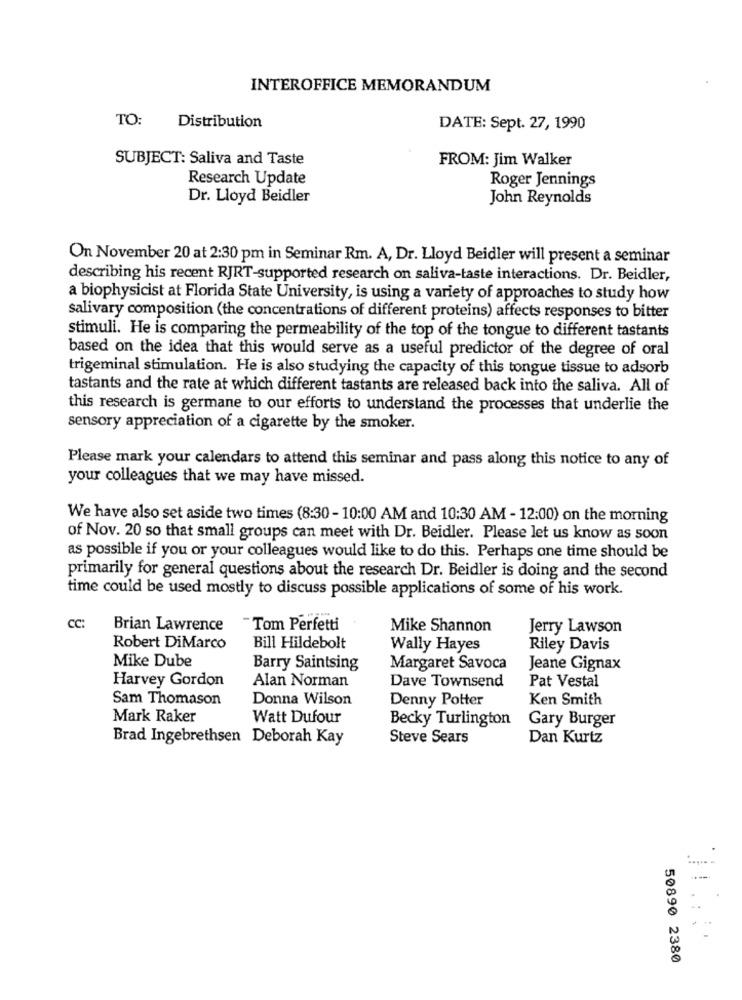
INTEROFFICE MEMORANDUM
TO:
Distribution
DATE: Sept. 27, 1990
SUBJECT: Saliva and Taste
FROM: Jim Walker
Research Update
Roger Jennings
Dr. Lloyd Beidler
John Reynolds
On November 20 at 2:30 pm in Seminar Rm. A, Dr. Lloyd Beidler will present a seminar
describing his recent RJRT-supported research on saliva-taste interactions. Dr. Beidler,
a biophysicist at Florida State University, is using a variety of approaches to study how
salivary composition (the concentrations of different proteins) affects responses to bitter
stimuli. He is comparing the permeability of the top of the tongue to different tastants
based on the idea that this would serve as a useful predictor of the degree of oral
trigeminal stimulation. He is also studying the capacity of this tongue tissue to adsorb
tastants and the rate at which different tastants are released back into the saliva. All of
this research is germane to our efforts to understand the processes that underlie the
sensory appreciation of a cigarette by the smoker.
Please mark your calendars to attend this seminar and pass along this notice to any of
your colleagues that we may have missed.
We have also set aside two times (8:30- 10:00 AM and 10:30 AM - 12:00) on the morning
of Nov. 20 so that small groups can meet with Dr. Beidler. Please let us know as soon
as possible if you or your colleagues would like to do this. Perhaps one time should be
primarily for general questions about the research Dr. Beidler is doing and the second
time could be used mostly to discuss possible applications of some of his work.
CC:
Brian Lawrence
Tom Perfetti
Mike Shannon
Jerry Lawson
Robert DiMarco
Bill Hildebolt
Wally Hayes
Riley Davis
Mike Dube
Barry Saintsing
Margaret Savoca
Jeane Gignax
Harvey Gordon
Alan Norman
Dave Townsend
Pat Vestal
Sam Thomason
Donna Wilson
Denny Potter
Ken Smith
Mark Raker
Watt Dufour
Becky Turlington
Gary Burger
Brad Ingebrethsen Deborah Kay
Steve Sears
Dan Kurtz
50890 2380